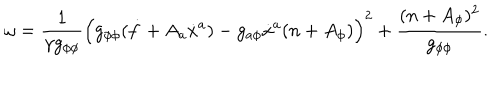
LaTeX: \omega = \frac { 1 } { \gamma g _ { \phi \phi } } \left( g _ { \phi \phi } ( \dot { f } + A _ { a } \dot { x } ^ { a } ) - g _ { a \phi } \dot { x } ^ { a } ( n + A _ { \phi } ) \right) ^ { 2 } + \frac { ( n + A _ { \phi } ) ^ { 2 } } { g _ { \phi \phi } } .